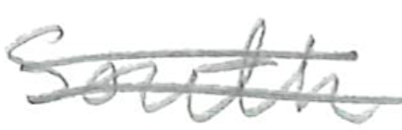
Text: South
Cross-out: double-line
Writing tool: pencil